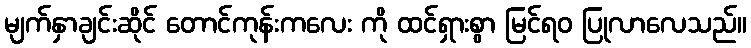
မျက်နှာချင်းဆိုင် တောင်ကုန်းကလေး ကို ထင်ရှားစွာ မြင်ရဝ ပြုလာလေသည်။